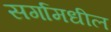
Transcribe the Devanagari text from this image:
सर्गामधील